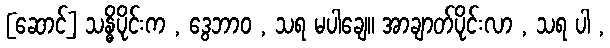
[ဆောင်] သန္ဓိပိုင်းက , ဒွေဘာဝ , သရ မပါချေ။ အာချာတ်ပိုင်းလာ , သရ ပါ ,